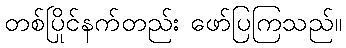
တစ်ပြိုင်နက်တည်း ဖော်ပြကြသည်။